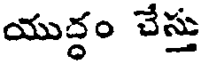
యుద్ధం చేస్తు